Annual administration report of the Civil Veterinary Department of India - 1905-1906
Year: 1905
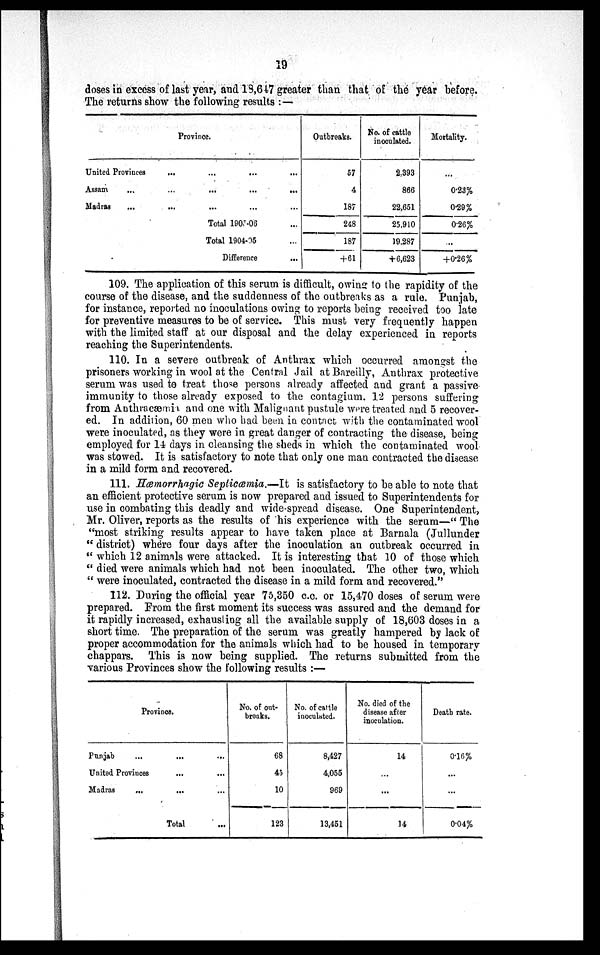
19
doses in excess of last year, and 18,647 greater than that of the year before.
The returns show the following results :—
Province.
United Provinces
...
...
... ...
Assam
...
... ... ... ...
Madras
...
... ... ... ...
Total 1905-06 ...
Total 1904-05 ...
Difference
...
Outbreaks.
57
4
187
248
187
+61
No. of cattle
inoculated.
2,393
866
22,651
25,910
19,287
+6,623
Mortality.
...
0.23%
0.29%
0.26%
...
+0.26%
109. The application of this serum is difficult, owing to the rapidity of the
course of the disease, and the suddenness of the outbreaks as a rule. Punjab,
for instance, reported no inoculations owing to reports being received too late
for preventive measures to be of service. This must very frequently happen
with the limited staff at our disposal and the delay experienced in reports
reaching the Superintendents.
110. In a severe outbreak of Anthrax which occurred amongst the
prisoners working in wool at the Central Jail at Bareilly, Anthrax protective
serum was used to treat those persons already affected and grant a passive
immunity to those already exposed to the contagium. 12 persons suffering
from Anthracæmia and one with Malignant pustule were treated and 5 recover-
ed. In addition, 60 men who had been in contact with the contaminated wool
were inoculated, as they were in great danger of contracting the disease, being
employed for 14 days in cleansing the sheds in which the contaminated wool
was stowed. It is satisfactory to note that only one man contracted the disease
in a mild form and recovered.
111. Hæmorrhagic Septicæmia.—It is satisfactory to be able to note that
an efficient protective serum is now prepared and issued to Superintendents for
use in combating this deadly and wide-spread disease. One Superintendent,
Mr. Oliver, reports as the results of his experience with the serum—" The
"most striking results appear to have taken place at Barnala (Jullunder
" district) where four days after the inoculation an outbreak occurred in
" which 12 animals were attacked. It is interesting that 10 of those which
"died were animals which had not been inoculated. The other two, which
"were inoculated, contracted the disease in a mild form and recovered."
112. During the official year 75,350 c.c. or 15,470 doses of serum were
prepared. From the first moment its success was assured and the demand for
it rapidly increased, exhausting all the available supply of 18,603 doses in a
short time. The preparation of the serum was greatly hampered by lack of
proper accommodation for the animals which had to be housed in temporary
chappars. This is now being supplied. The returns submitted from the
various Provinces show the following results :—
Province.
Punjab ... ... ...
United Provinces ... ...
Madras ... ... ...
Total ...
No. of out-
breaks.
68
45
10
123
No. of cattle
inoculated.
8,427
4,055
969
13,451
No. died of the
disease after
inoculation.
14
...
...
14
Death rate.
0.16%
...
...
0.04%